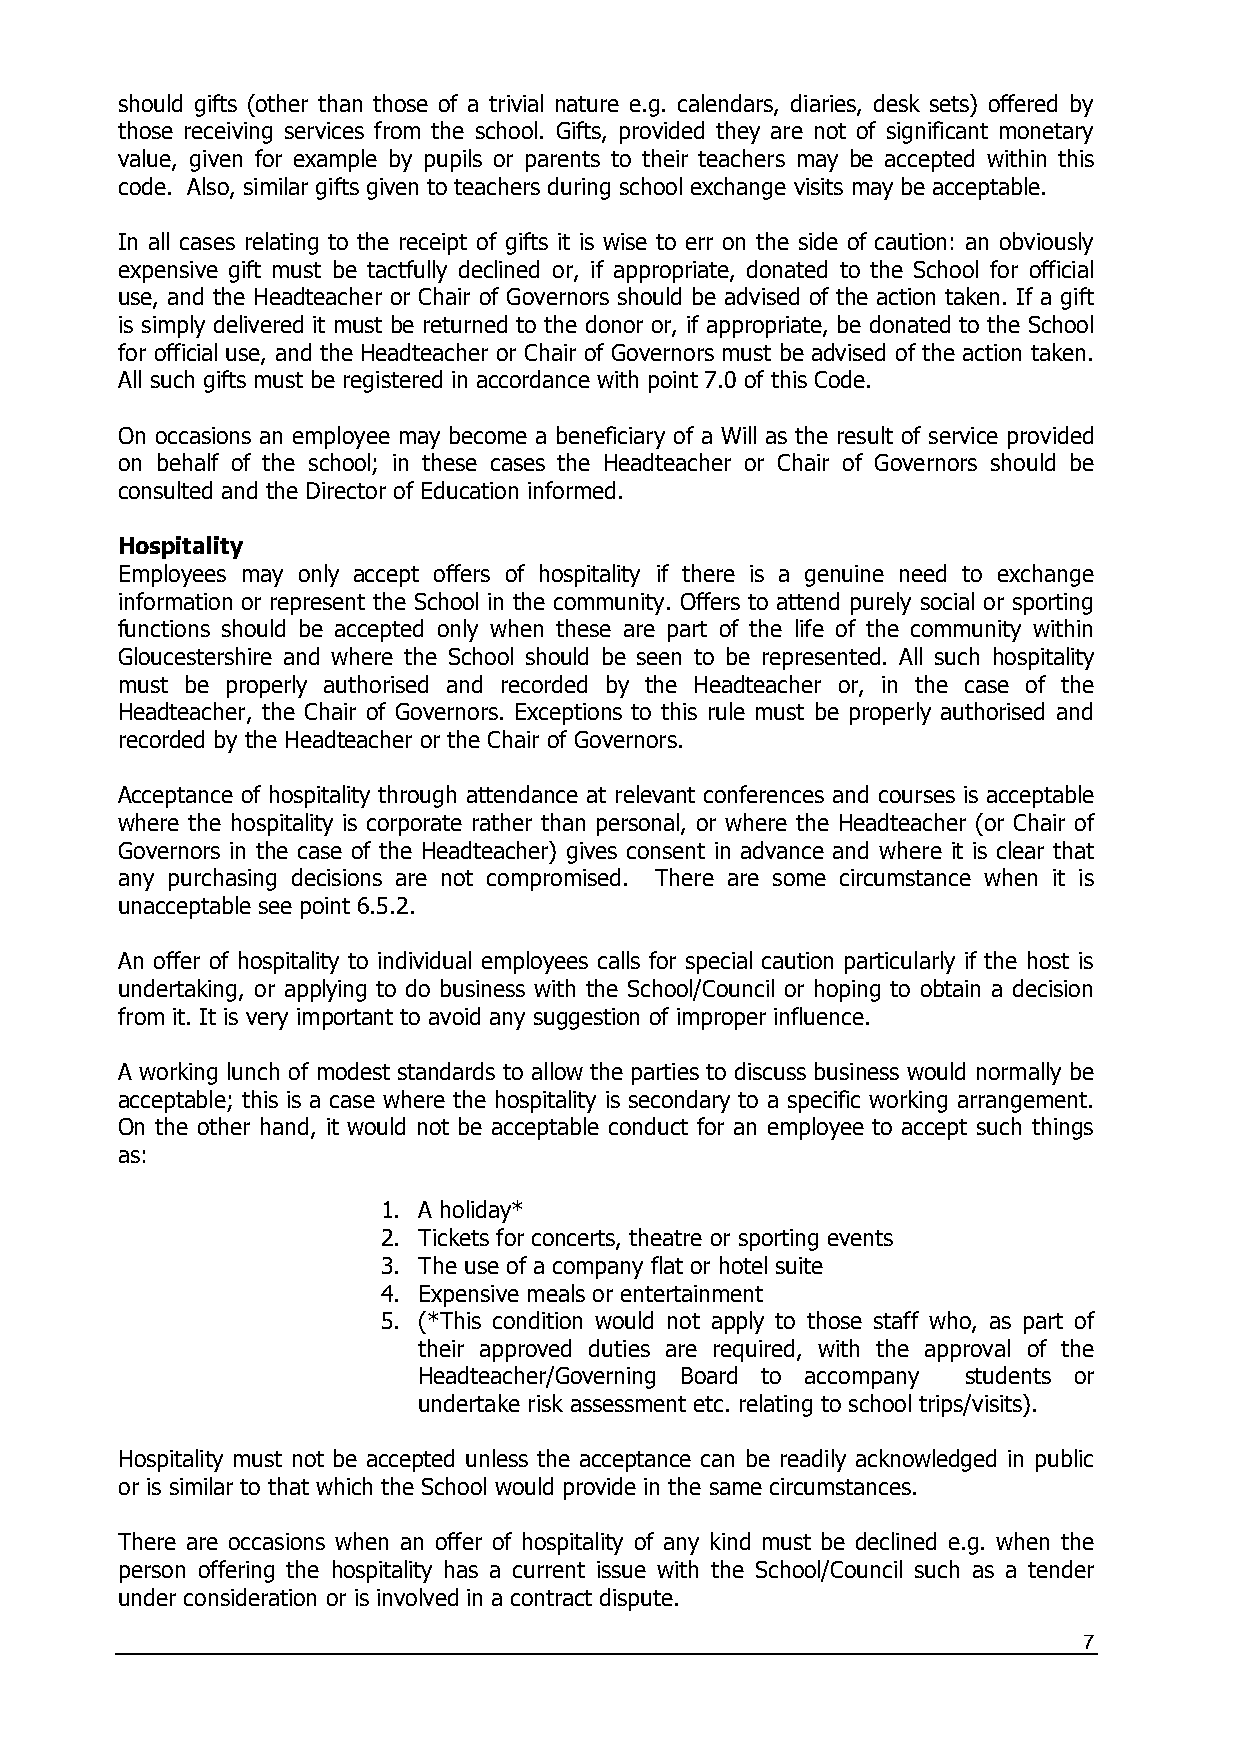
should gifts (other than those of a trivial nature e.g. calendars, diaries, desk sets) offered by
 those receiving services from the school. Gifts, provided they are not of significant monetary
 value, given for example by pupils or parents to their teachers may be accepted within this
 code. Also, similar gifts given to teachers during school exchange visits may be acceptable.
 In all cases relating to the receipt of gifts it is wise to err on the side of caution: an obviously
 expensive gift must be tactfully declined or, if appropriate, donated to the School for official
 use, and the Headteacher or Chair of Governors should be advised of the action taken. If a gift
 is simply delivered it must be returned to the donor or, if appropriate, be donated to the School
 for official use, and the Headteacher or Chair of Governors must be advised of the action taken.
 All such gifts must be registered in accordance with point 7.0 of this Code.
 On occasions an employee may become a beneficiary of a Will as the result of service provided
 on behalf of the school; in these cases the Headteacher or Chair of Governors should be
 consulted and the Director of Education informed.
 Hospitality
 Employees may only accept offers of hospitality if there is a genuine need to exchange
 information or represent the School in the community. Offers to attend purely social or sporting
 functions should be accepted only when these are part of the life of the community within
 Gloucestershire and where the School should be seen to be represented. All such hospitality
 must be properly authorised and recorded by the Headteacher or, in the case of the
 Headteacher, the Chair of Governors. Exceptions to this rule must be properly authorised and
 recorded by the Headteacher or the Chair of Governors.
 Acceptance of hospitality through attendance at relevant conferences and courses is acceptable
 where the hospitality is corporate rather than personal, or where the Headteacher (or Chair of
 Governors in the case of the Headteacher) gives consent in advance and where it is clear that
 any purchasing decisions are not compromised. There are some circumstance when it is
 unacceptable see point 6.5.2.
 An offer of hospitality to individual employees calls for special caution particularly if the host is
 undertaking, or applying to do business with the School/Council or hoping to obtain a decision
 from it. It is very important to avoid any suggestion of improper influence.
 A working lunch of modest standards to allow the parties to discuss business would normally be
 acceptable; this is a case where the hospitality is secondary to a specific working arrangement.
 On the other hand, it would not be acceptable conduct for an employee to accept such things
 as:
 1. A holiday*
 2. Tickets for concerts, theatre or sporting events
 3. The use of a company flat or hotel suite
 4. Expensive meals or entertainment
 5. (*This condition would not apply to those staff who, as part of
 their approved duties are required, with the approval of the
 Headteacher/Governing Board to accompany students or
 undertake risk assessment etc. relating to school trips/visits).
 Hospitality must not be accepted unless the acceptance can be readily acknowledged in public
 or is similar to that which the School would provide in the same circumstances.
 There are occasions when an offer of hospitality of any kind must be declined e.g. when the
 person offering the hospitality has a current issue with the School/Council such as a tender
 under consideration or is involved in a contract dispute.
 7